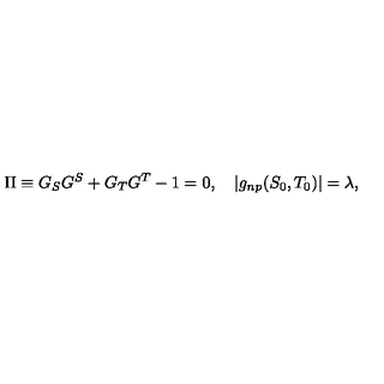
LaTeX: \Pi \equiv G _ { S } G ^ { S } + G _ { T } G ^ { T } - 1 = 0 , \quad | g _ { n p } ( S _ { 0 } , T _ { 0 } ) | = \lambda ,